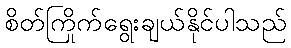
စိတ်ကြိုက်ရွေးချယ်နိုင်ပါသည်